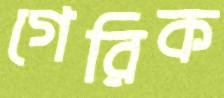
গেরিক